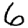
Digit: 6